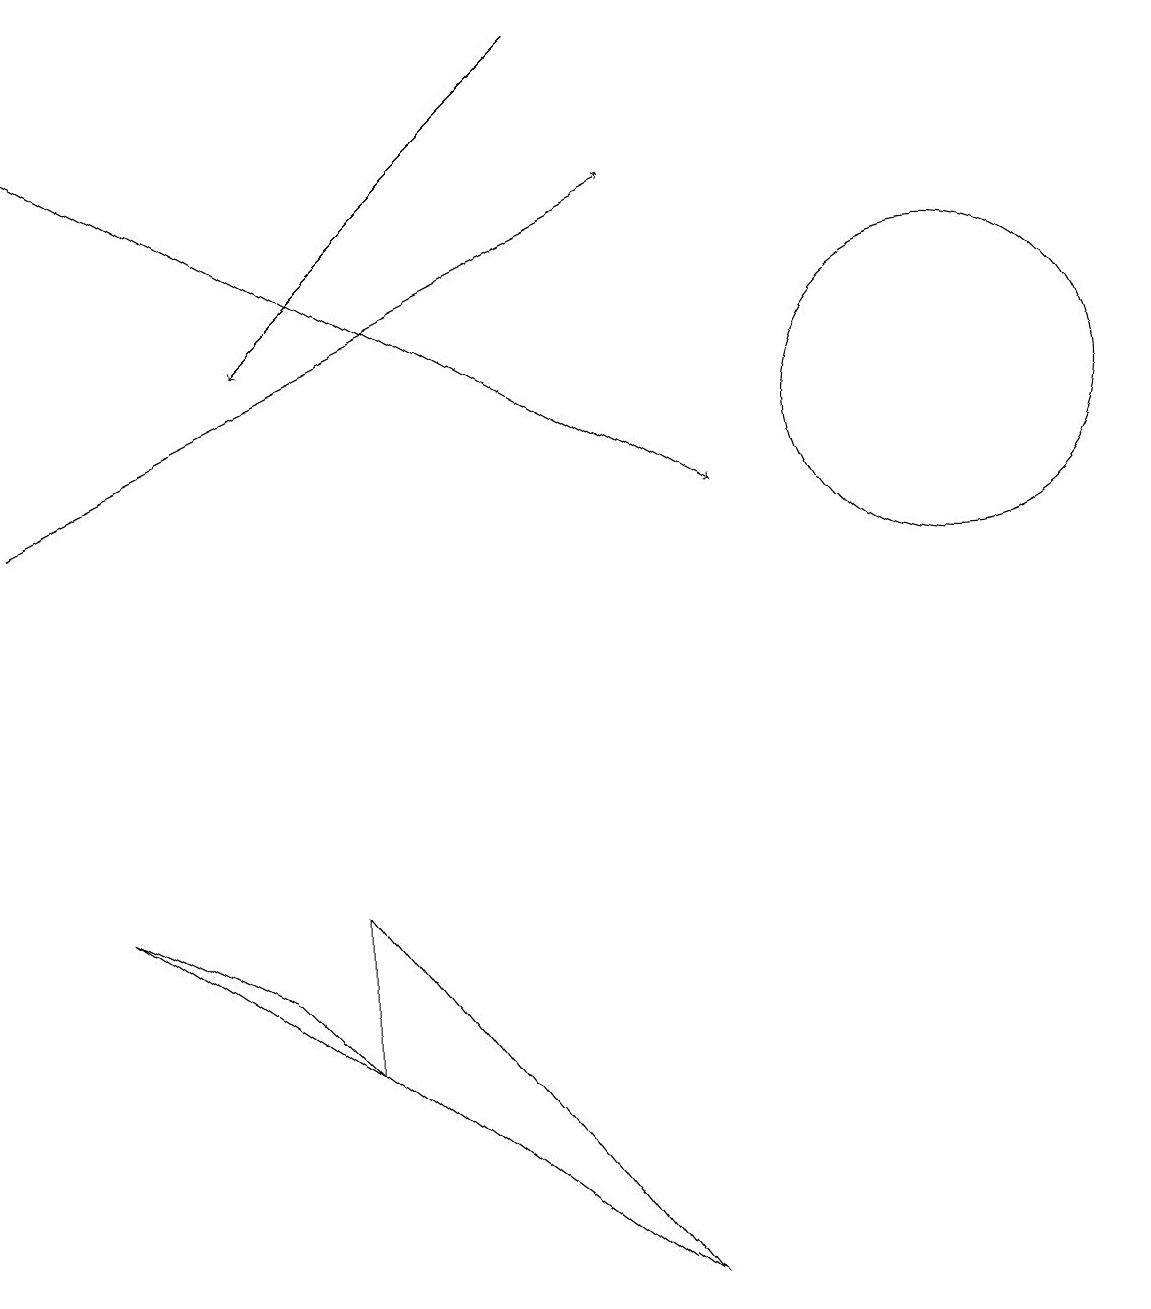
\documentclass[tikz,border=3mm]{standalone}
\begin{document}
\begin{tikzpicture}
\draw (12,12) circle (2);
\draw[->] (0,11) -- (8,15);
\draw[->] (0,16) -- (9,11);
\draw (4,4) -- (8,1) -- (4,6) -- cycle;
\draw (4,4) -- (3,5) -- (1,6) -- cycle;
\draw[->] (7,17) -- (3,13);
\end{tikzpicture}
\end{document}